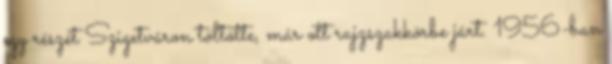
egy részét Szigetváron töltötte, már ott rajzszakkörbe járt. 1956-ban